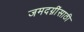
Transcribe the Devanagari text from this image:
जमदग्नींसाठी